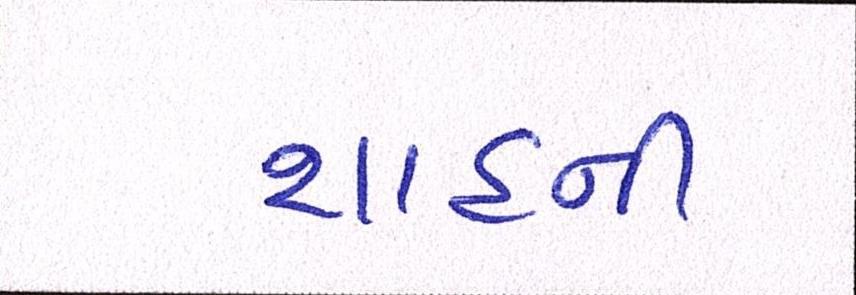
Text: શાહની